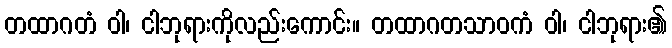
တထာဂတံ ဝါ၊ ငါဘုရားကိုလည်းကောင်း။ တထာဂတသာဝကံ ဝါ၊ ငါဘုရား၏